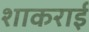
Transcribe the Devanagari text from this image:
शाकराई